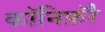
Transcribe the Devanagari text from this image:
कॉनिफ़ॅरे